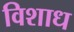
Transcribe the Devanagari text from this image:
विशाध